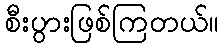
စီးပွားဖြစ်ကြတယ်။